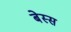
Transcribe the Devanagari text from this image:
बेस्स